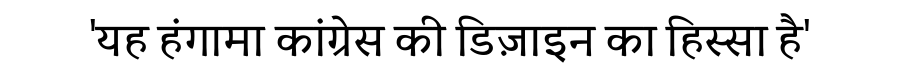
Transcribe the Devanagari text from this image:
'यह हंगामा कांग्रेस की डिज़ाइन का हिस्सा है'